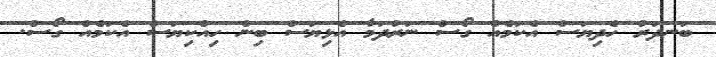
ބަނދަރު ހެދިޔަސް އެކަމެއް ގޯސް ނަރުދަމާ އެޅިޔަސް ބިން ހިއްކިޔަސް އެކަމެއް ގޯސް.